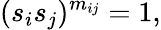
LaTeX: (s_{i}s_{j})^{m_{ij}}=1,